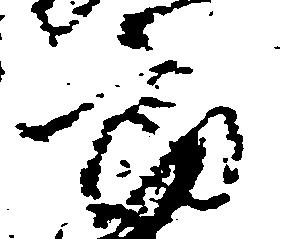
郎